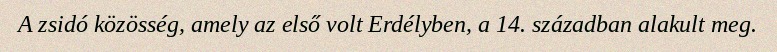
A zsidó közösség, amely az első volt Erdélyben, a 14. században alakult meg.